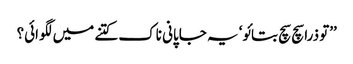
’’تو ذرا سچ سچ بتائو‘ یہ جاپانی ناک کتنے میں لگوائی؟